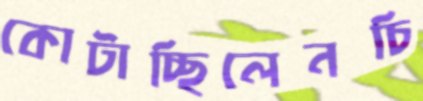
কোটাচ্ছিলেনচি